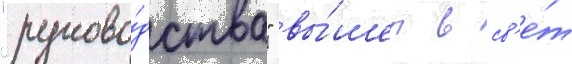
"руково́дства" вы́шел в св'е́т